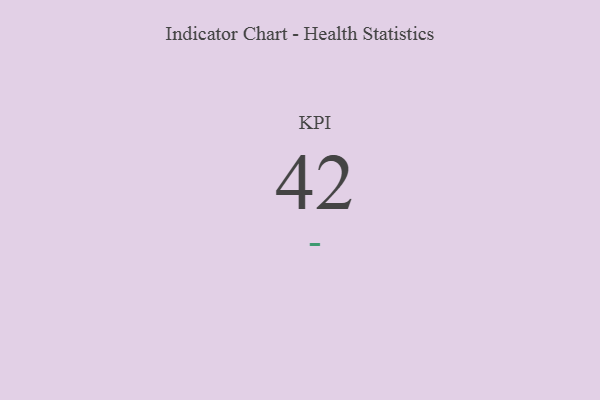
{"axis": {"x": "KPI", "y": "Value"}, "legend": [""], "data": [{"x": "KPI", "y": 42, "type": ""}]}